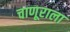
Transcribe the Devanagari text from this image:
चाणूराला